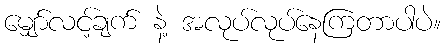
မျှော်လင့်ချက် နဲ့ အလုပ်လုပ်နေကြတာပါပဲ။